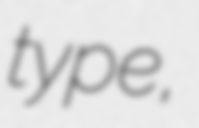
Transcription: type,